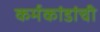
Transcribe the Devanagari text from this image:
कर्मकांडांची